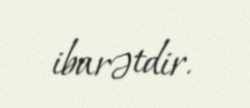
ibarətdir.